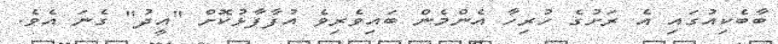
ބާބެކިއުގައި އެ ރަށުގެ ހުރިހާ އެންމެން ބައިވެރިވެ އުފާފާޅުކޮށް "އީދު" ގެނަ އެވެ.